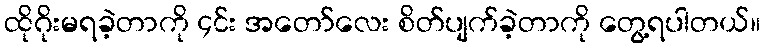
ထိုဂိုးမရခဲ့တာကို ၄င်း အတော်လေး စိတ်ပျက်ခဲ့တာကို တွေ့ရပါတယ်။